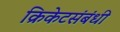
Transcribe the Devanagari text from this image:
क्रिकेटसंबंधी